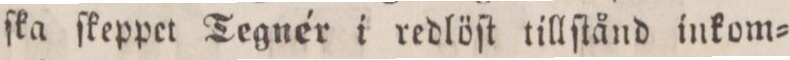
ſka ſkeppet Tegnér i redlöſt tillſtånd inkom=